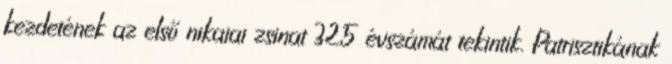
kezdetének az első nikaiai zsinat 325 évszámát tekintik. Patrisztikának